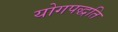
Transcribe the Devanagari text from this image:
योगपद्धति